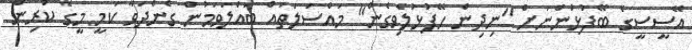
އޭސީސީގެ ބޭފުޅުންނަށް "ނިދިން ހޭފުޅުލެވިގެން" މައްސަލަތައް ބައްލަވަމުން ގެންދަވާ ކަމީ މީގެ ކުރިން